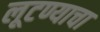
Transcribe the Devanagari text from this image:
लूटण्याचा